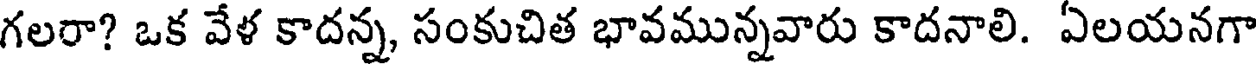
గలరా? ఒక వేళ కాదన్న, సంకుచిత భావమున్నవారు కాదనాలి. ఏలయనగా